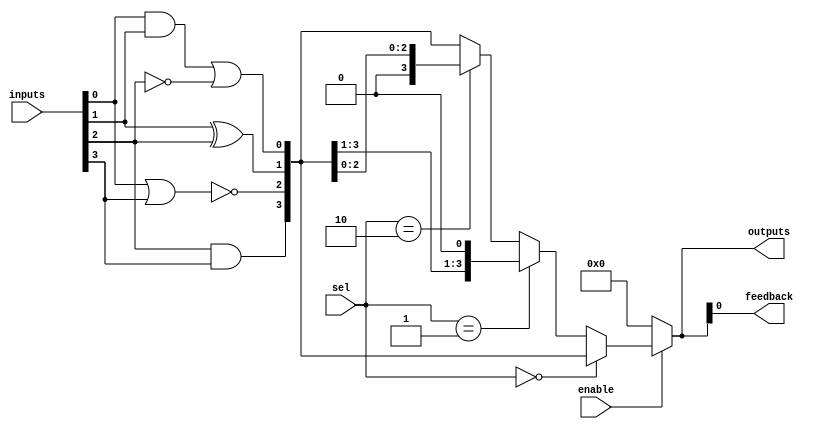
module CLB (
    input wire [3:0] inputs,       // 4 input signals
    input wire [1:0] sel,          // Selector for multiplexer
    input wire enable,              // Enable signal
    output wire [3:0] outputs,      // 4 output signals
    output wire feedback            // Feedback output
);

// Internal signals
wire [3:0] lut_out;               // Output from LUTs
wire [3:0] mux_out;               // Output from MUX

// Lookup Tables (LUTs)
assign lut_out[0] = (inputs[0] & inputs[1]) | (~inputs[2]); // Example LUT function 1
assign lut_out[1] = inputs[1] ^ inputs[2];                   // Example LUT function 2
assign lut_out[2] = ~(inputs[0] | inputs[3]);                // Example LUT function 3
assign lut_out[3] = inputs[2] & inputs[3];                   // Example LUT function 4

// Multiplexer to select output based on selector signal
assign mux_out = (sel == 2'b00) ? lut_out :
                 (sel == 2'b01) ? {lut_out[3:1], 1'b0} : // Example of shifting
                 (sel == 2'b10) ? {1'b0, lut_out[2:0]} : // Example of shifting
                 lut_out; // Default case

// Enable control for outputs
assign outputs = enable ? mux_out : 4'b0000; // Outputs are zero when not enabled

// Feedback path
assign feedback = outputs[0]; // Feedback from the first output

endmodule